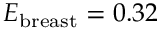
E _ { \mathrm { b r e a s t } } = 0 . 3 2